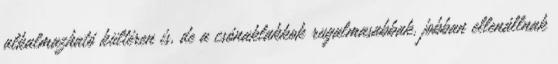
alkalmazható kültéren is, de a csónaklakkok rugalmasabbak, jobban ellenállnak